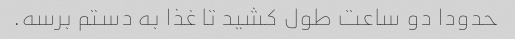
حدودا دو ساعت طول کشید تا غذا به دستم برسه.